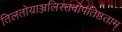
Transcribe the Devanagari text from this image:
तिलतोयाञ्जलिस्तवोपतिष्ठताम्